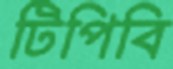
টিপিবি